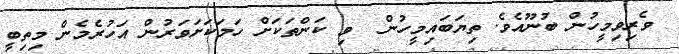
ވެރިވިމީހުން ބުނޫއެވެ. ތިޔަބައިމީހުން  ވި ކަންތަކަށް ހަމަކަށަވަރުން އަހުރެމެން މިތިބީ